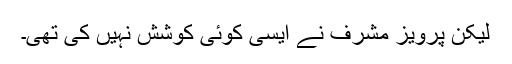
لیکن پرویز مشرف نے ایسی کوئی کوشش نہیں کی تھی۔